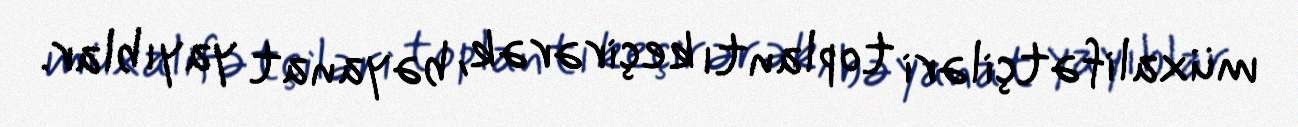
müxalifətçiləri toplantı keçirərək, bəyanat yayıblar.